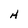
Character: H